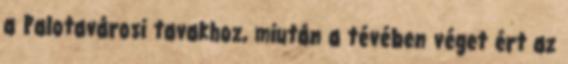
a Palotavárosi tavakhoz, miután a tévében véget ért az